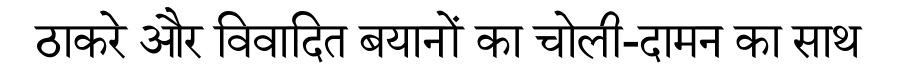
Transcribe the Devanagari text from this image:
ठाकरे और विवादित बयानों का चोली-दामन का साथ